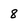
Character: 8